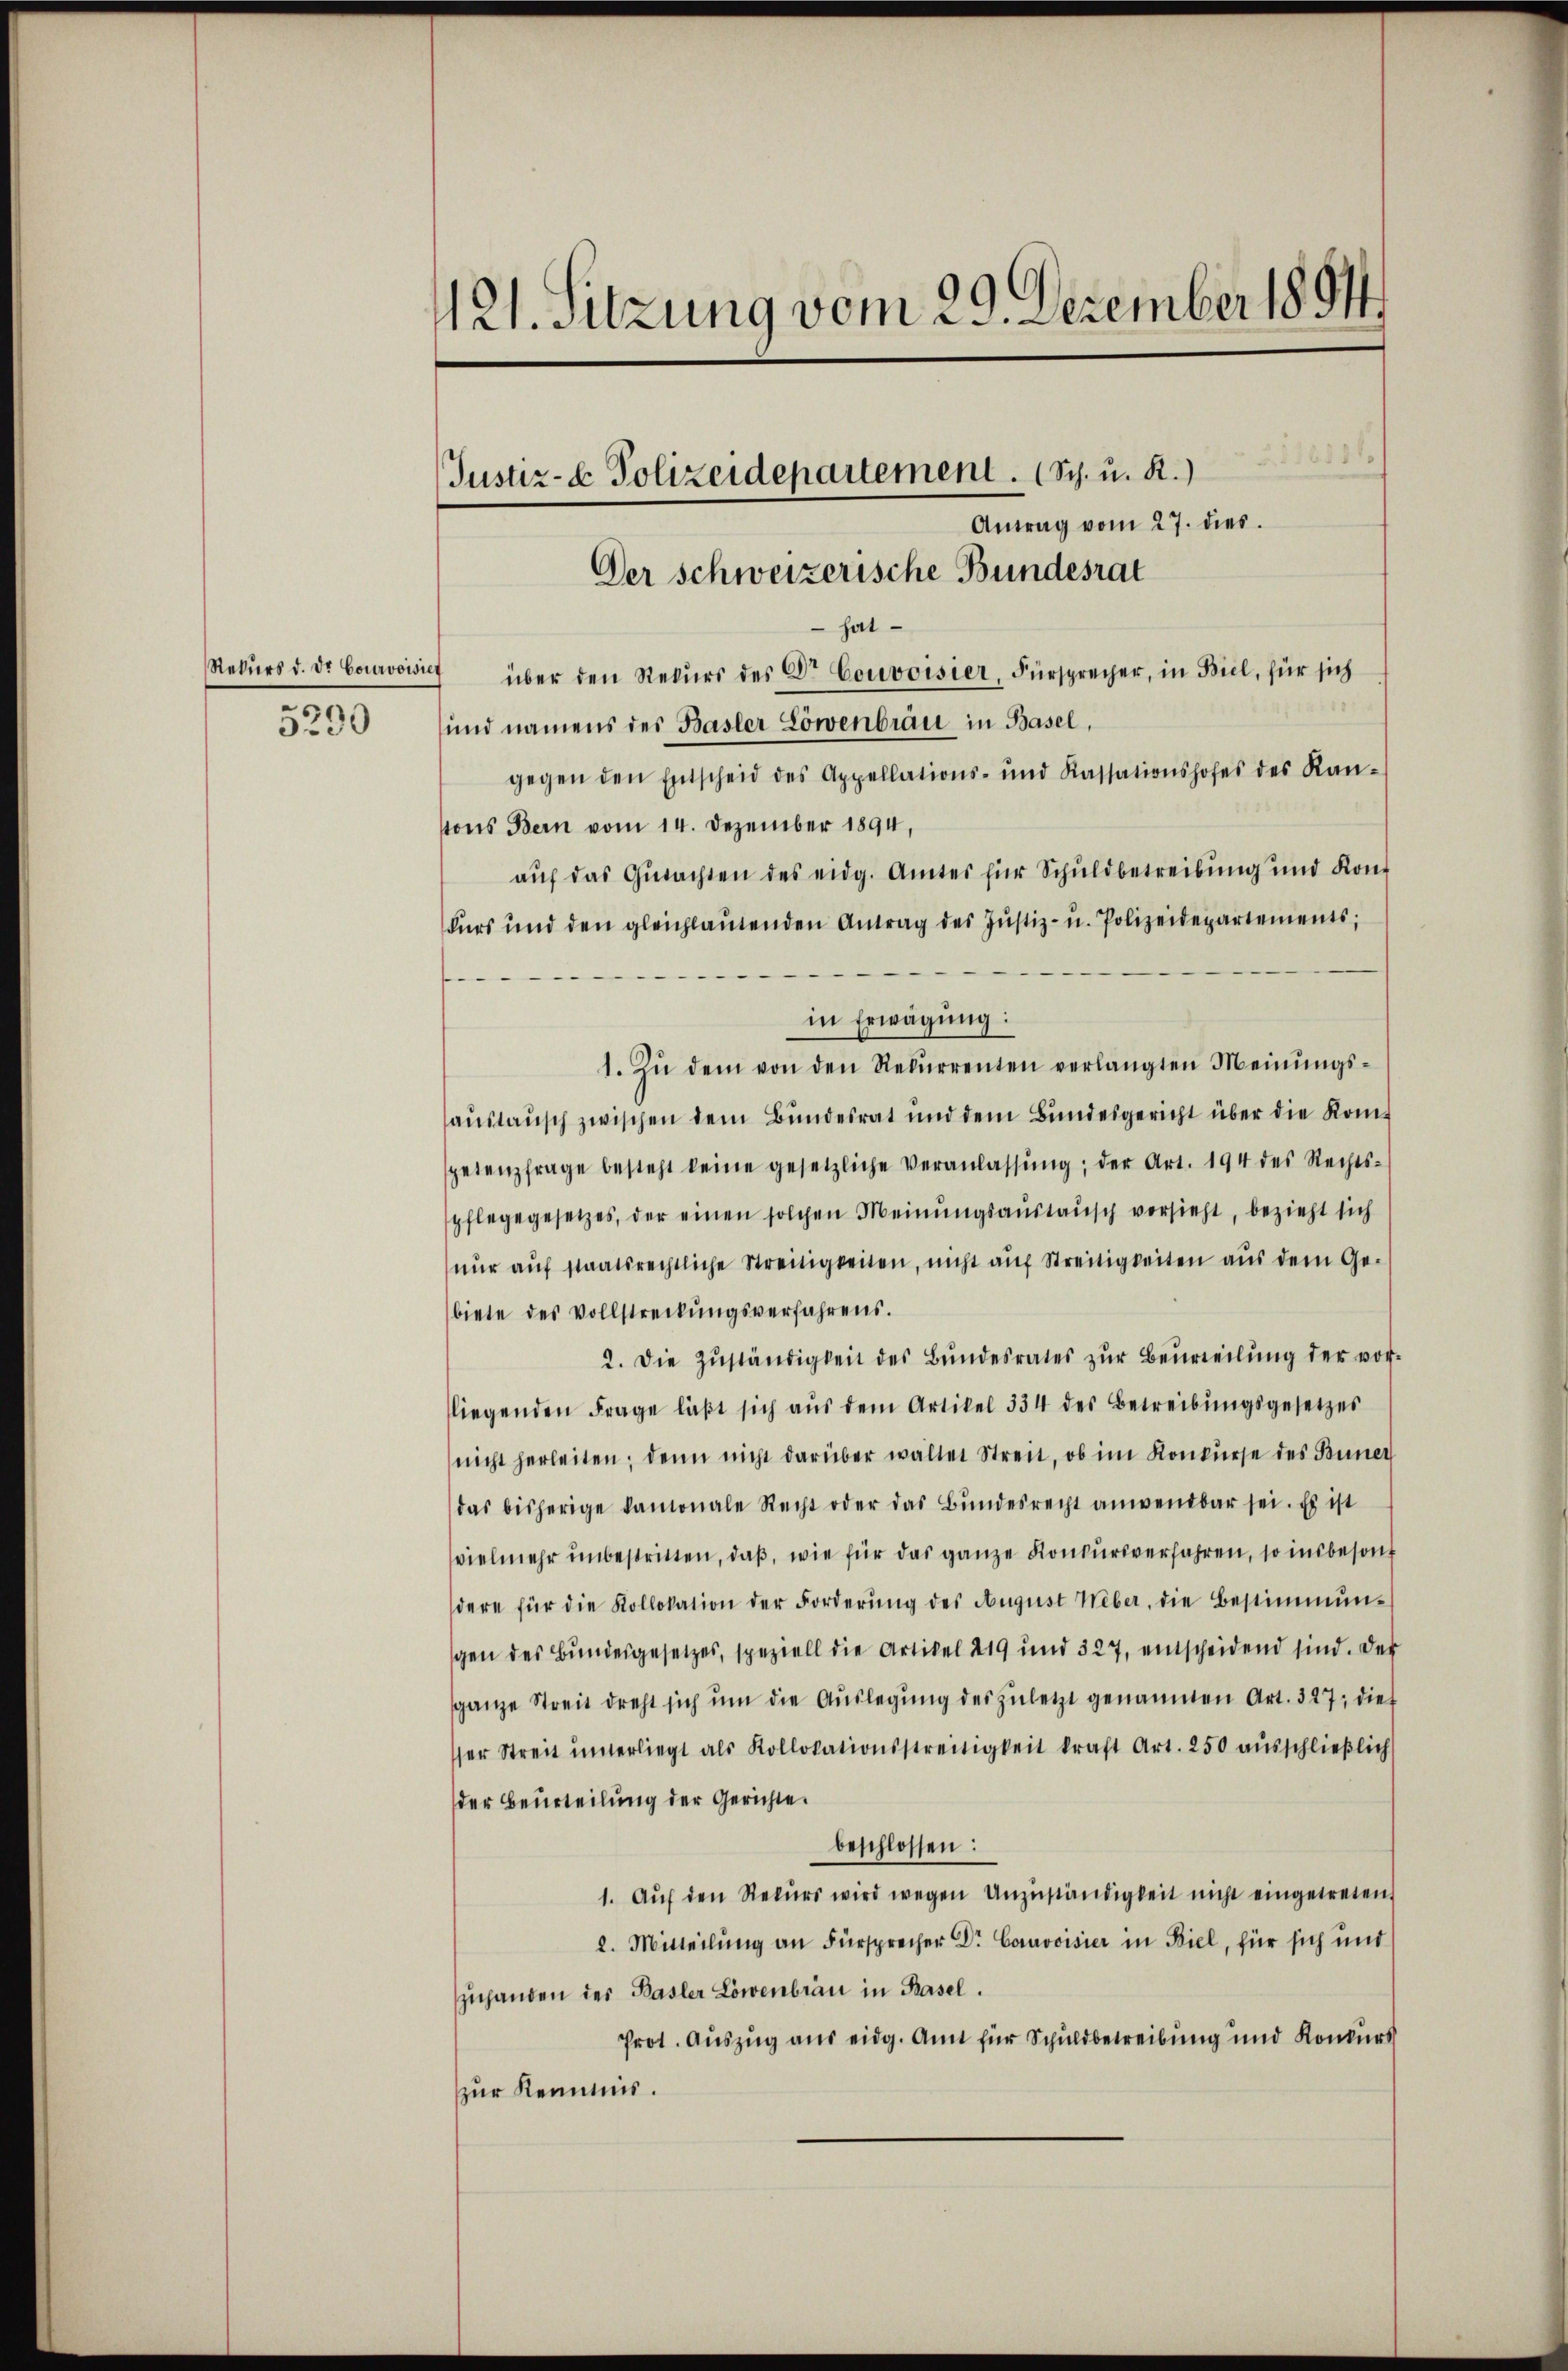
Rekurs d. Dr. Courvoisi
3
30

121. Sitzung vom 29. Dezember 1891

Justiz- & Polizeidepartement. (Sch. u. R.)

Der schweizerische Bundesrat

Antrag vom 27. dies
hat
 über den Rekurs des Dr Couvoisier, Fürsprecher, in Biel, für sich
und namens des Basler Löwenbrau in Basel,
gegen den Entscheid des Appellations- und Kassationshofes des Kan-
tons Bern vom 14. Dezember 1894,
auf das Gutachten des eidg. Amtes für Schuldbetreibung und Kont
kurs und den gleichlaŭtenden Antrag des Jŭstiz- u. Polizeidepartements;
in Erwägung:
1. Zŭ dem von den Rekŭrrenten verlangten Meinŭngs-
aŭstaŭsch zwischen dem Bundesrat und dem Bŭndesgericht über die Kom-
petenzfrage besteht keine gesetzliche Veranlassŭng der Art. 194 des Rechts-
pflegegesetzes, der einen solchen Meinungsaustausch versieht, bezieht sich
nŭr aŭf staatsrechtliche Streitigkeiten, nicht auf Streitigkeiten aus dem Ge-
biete des Vollstreckungsverfahrens.
2. Die Zŭständigkeit des Bŭndesrates zŭr Beurteilŭng der vor-
liegenden Frage läβt sich aŭs dem Artikel 334 des Betreibŭngsgesetzes
nicht herleiten; denn nicht darüber walter Streit, ob im Konkurse des Buner
das bisherige kamonale Recht oder das Bŭndesrecht anwendbar sei. Es ist
vielmehr unbestritten, daß, wie für das ganze Konkursverfahren, so insbesondere für die Kollokation der Forderŭng des Aŭgŭst Weber, die Bestimmun-
gen des Bundesgesetzes, speziell die Artikel 219 und 327, entscheidend sind. Der
sganze Streit dreht sich ŭm die Aŭslegung des zuletzt genannten Art. 327, dies
sser Streit ŭnterliegt als Kollokationsstreitigkeit kraft Art. 250 aŭsschlieβlich
der Beurteilung der Gerichte.
beschlossen:
1. Aŭf den Rekŭrs wird wegen Unzŭständigkeit nicht eingetreten
2. Mitteilŭng an Fürsprecher Dr. Corovisier in Biel, für sich und
zuhanden des Basler Löwenbrau in Basel.
Prot. Auszug aus eidg. Amt für Schuldbetreibung und Konkurs
zur Kemnis.